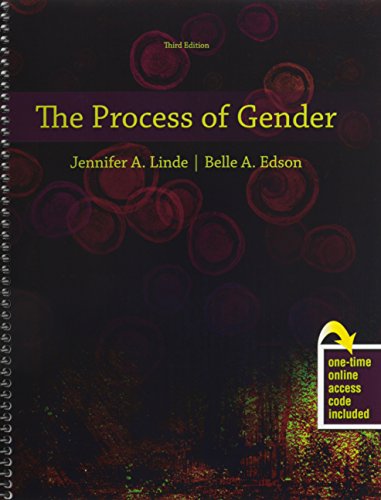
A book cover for The Process of Gender; EDSON  BELLE A; Politics & Social Sciences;